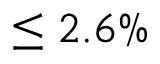
\leq 2 . 6 \%